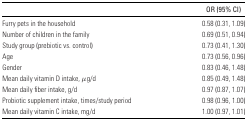
<table><thead><tr><td></td><td><b>OR (95% CI)</b></td></tr></thead><tbody><tr><td>Furry pets in the household</td><td>0.58 (0.31, 1.09)</td></tr><tr><td>Number of children in the family</td><td>0.69 (0.51, 0.94)</td></tr><tr><td>Study group (prebiotic vs. control)</td><td>0.73 (0.41, 1.30)</td></tr><tr><td>Age</td><td>0.73 (0.56, 0.96)</td></tr><tr><td>Gender</td><td>0.83 (0.46, 1.48)</td></tr><tr><td>Mean daily vitamin D intake, μg/d</td><td>0.85 (0.49, 1.48)</td></tr><tr><td>Mean daily fiber intake, g/d</td><td>0.97 (0.87, 1.07)</td></tr><tr><td>Probiotic supplement intake, times/study period</td><td>0.98 (0.96, 1.00)</td></tr><tr><td>Mean daily vitamin C intake, mg/d</td><td>1.00 (0.97, 1.01)</td></tr></tbody></table>